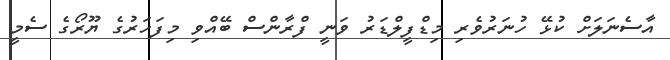
އާސެނަލަށް ކުޅޭ ހުނަރުވެރި މިޑްފީލްޑަރު ވަނީ ފްރާންސް ބޭއްވި މިފަހަރުގެ ޔޫރޯގެ ސެމީ